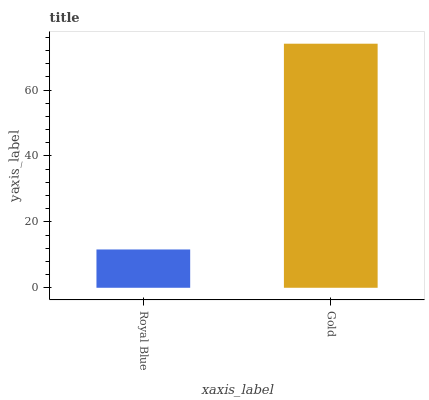
| xaxis_label | bars |
 | --- | --- |
 | Royal Blue | 11.6 |
 | Gold | 74.1 |